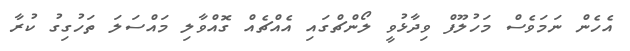
އެހެން ނަމަވެސް މަހުލޫފް ވިދާޅުވީ ލޯންޗްގައި އެއްޗެއް ގޮއްވާލި މައްސަލަ ތަހުގިގު ކުރާ